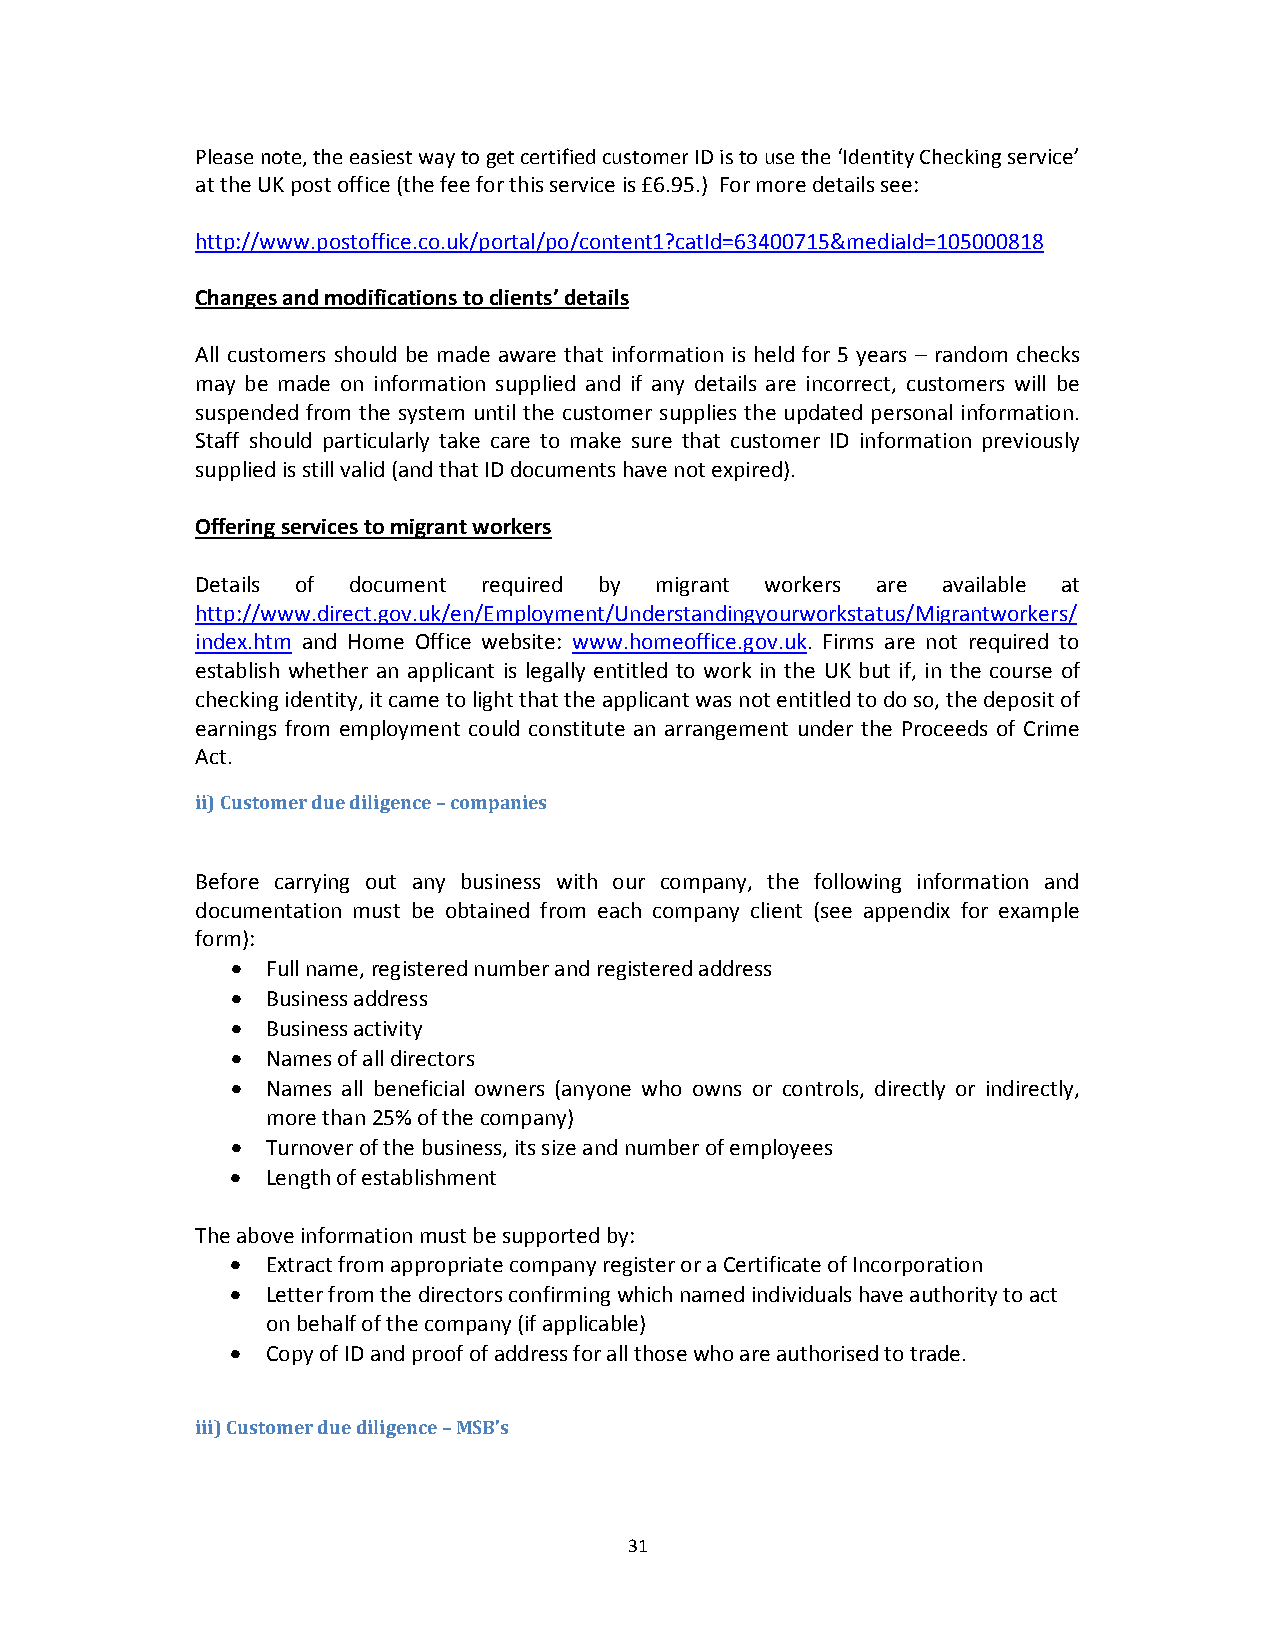
Please note, the easiest way to get certified customer ID is to use the ‘Identity Checking service’
 at the UK post office (the fee for this service is £6.95.) For more details see:
 http://www.postoffice.co.uk/portal/po/content1?catId=63400715&mediaId=105000818
 Changes and modifications to clients’ details
 All customers should be made aware that information is held for 5 years – random checks
 may be made on information supplied and if any details are incorrect, customers will be
 suspended from the system until the customer supplies the updated personal information.
 Staff should particularly take care to make sure that customer ID information previously
 supplied is still valid (and that ID documents have not expired).
 Offering services to migrant workers
 Details of document required by migrant workers are available at
 http://www.direct.gov.uk/en/Employment/Understandingyourworkstatus/Migrantworkers/
 index.htm and Home Office website: www.homeoffice.gov.uk. Firms are not required to
 establish whether an applicant is legally entitled to work in the UK but if, in the course of
 checking identity, it came to light that the applicant was not entitled to do so, the deposit of
 earnings from employment could constitute an arrangement under the Proceeds of Crime
 Act.
 ii) Customer due diligence – companies
 Before carrying out any business with our company, the following information and
 documentation must be obtained from each company client (see appendix for example
 form):
   Full name, registered number and registered address
   Business address
   Business activity
   Names of all directors
   Names all beneficial owners (anyone who owns or controls, directly or indirectly,
 more than 25% of the company)
   Turnover of the business, its size and number of employees
   Length of establishment
 The above information must be supported by:
   Extract from appropriate company register or a Certificate of Incorporation
   Letter from the directors confirming which named individuals have authority to act
 on behalf of the company (if applicable)
   Copy of ID and proof of address for all those who are authorised to trade.
 iii) Customer due diligence – MSB’s
 31